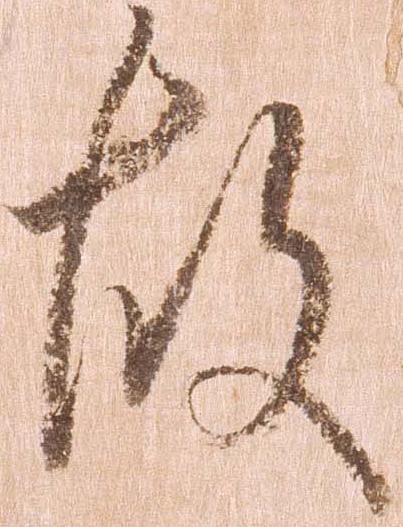
故